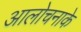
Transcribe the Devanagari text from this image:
आलोचनाके